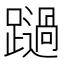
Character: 𨆔